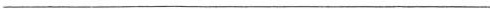
___